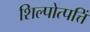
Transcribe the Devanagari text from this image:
शिल्पोत्पत्तिं